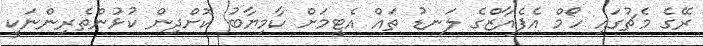
ރޭގެ މެޗުގައި ހޯމް އެފެއާޒްގެ ލަނޑު ތައް އެޓީމަށް ކާމިޔާބު ކޮށްދިން ކުޅުންތެރިންނަކީ